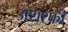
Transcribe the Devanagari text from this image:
अशरफी